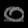
Digit: ၀